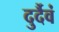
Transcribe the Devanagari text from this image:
दुर्दैवं